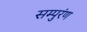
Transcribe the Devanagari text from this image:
सम्पुरंण